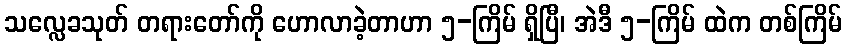
သလ္လေခသုတ် တရားတော်ကို ဟောလာခဲ့တာဟာ ၅-ကြိမ် ရှိပြီ၊ အဲဒီ ၅-ကြိမ် ထဲက တစ်ကြိမ်